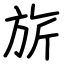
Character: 旂